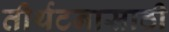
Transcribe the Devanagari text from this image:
तीर्थटनासाठी